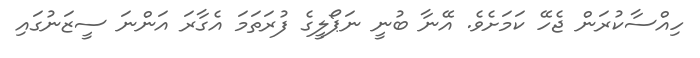
ހިއްސާކުރަން ޖެހޭ ކަމަށެވެ. އޭނާ ބުނީ ނަޕޯލީގެ ފުރަތަމަ އެގާރަ އަންނަ ސީޒަނުގައި